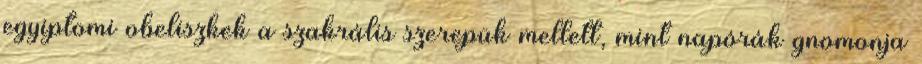
egyiptomi obeliszkek a szakrális szerepük mellett, mint napórák gnomonja